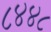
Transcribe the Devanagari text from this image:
८४४८